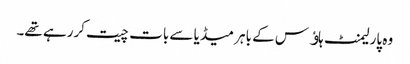
وہ پارلیمنٹ ہاﺅس کے باہر میڈیا سے بات چیت کررہے تھے۔